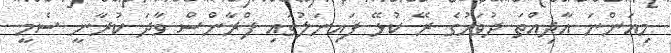
މިއަންނަ އާދިއްތަ ދުވަހުގެ ރޭ ކުޅޭ ފައިނަލުގައި ފްރާންސް ވާދަ ކުރާނީ ސެމީ